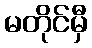
မတိုင်မှီ